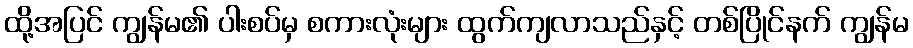
ထို့အပြင် ကျွန်မ၏ ပါးစပ်မှ စကားလုံးများ ထွက်ကျလာသည်နှင့် တစ်ပြိုင်နက် ကျွန်မ